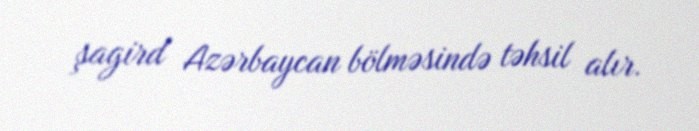
şagird Azərbaycan bölməsində təhsil alır.